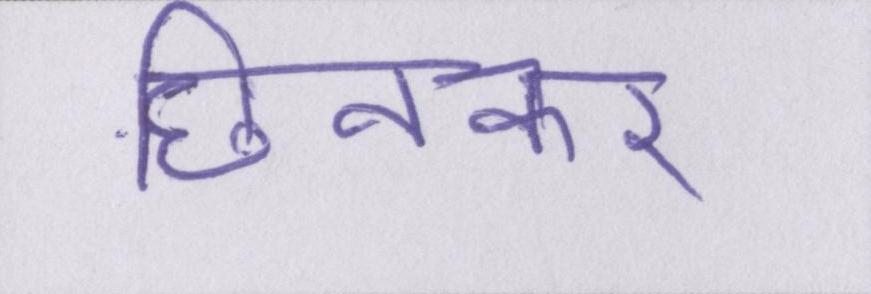
छिनकर